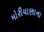
મોરીયાણાના